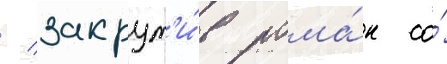
/ закрут'и́в рома́н со́